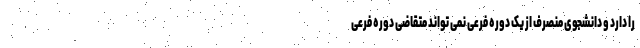
را دارد و دانشجوی منصرف از یک دوره فرعی نمی تواند متقاضی دوره فرعی